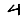
Digit: 4